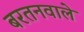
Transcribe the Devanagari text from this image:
बरतनवाले